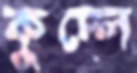
কুদ্‌লে